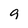
Character: 9